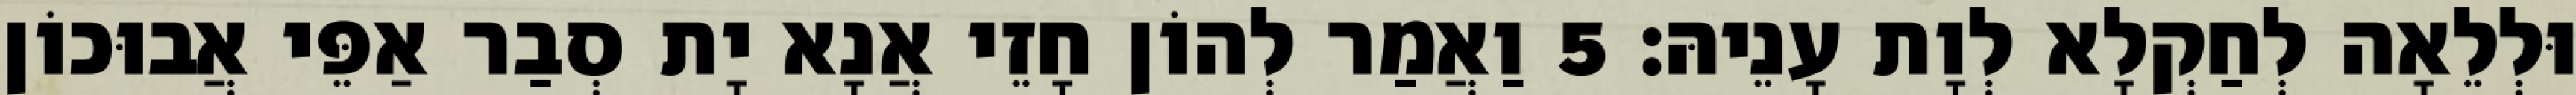
וּלְלֵאָה לְחַקְלָא לְוָת עָנֵיהּ׃ 5 וַאֲמַר לְהוֹן חָזֵי אֲנָא יָת סְבַר אַפֵּי אֲבוּכוֹן